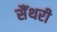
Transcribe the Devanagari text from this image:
सैंथरी